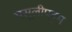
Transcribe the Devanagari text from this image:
मसूलीपट्टम